Source: Handwritten
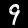
Digit: ၄ (4)